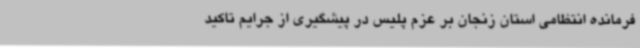
فرمانده انتظامی استان زنجان بر عزم پلیس در پیشگیری از جرایم تاکید